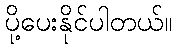
ပို့ပေးနိုင်ပါတယ်။